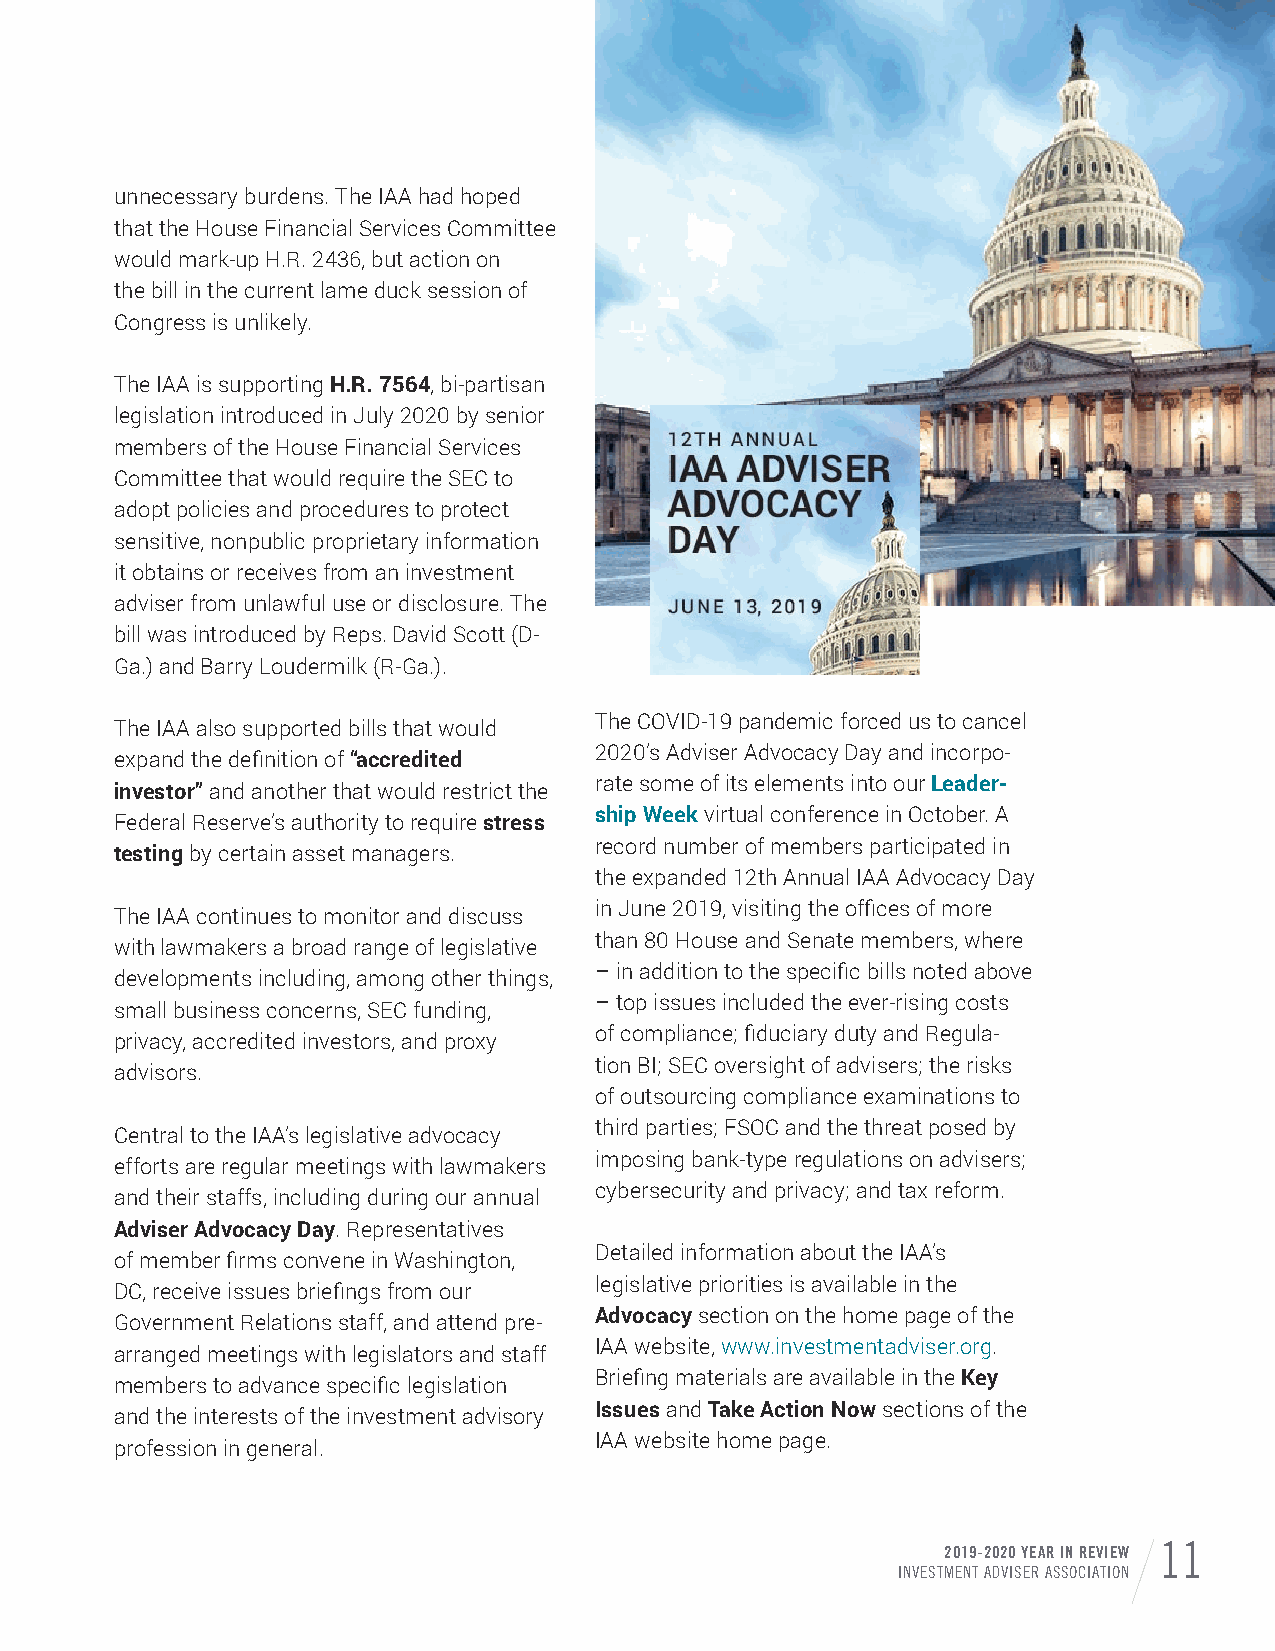
unnecessary burdens. The IAA had hoped
 that the House Financial Services Committee
 would mark-up H.R. 2436, but action on
 the bill in the current lame duck session of
 Congress is unlikely.
 The IAA is supporting H.R. 7564, bi-partisan
 legislation introduced in July 2020 by senior
 members of the House Financial Services
 Committee that would require the SEC to
 adopt policies and procedures to protect
 sensitive, nonpublic proprietary information
 it obtains or receives from an investment
 adviser from unlawful use or disclosure. The
 bill was introduced by Reps. David Scott (D-
 Ga.) and Barry Loudermilk (R-Ga.).
 The COVID-19 pandemic forced us to cancel
 The IAA also supported bills that would
 2020’s Adviser Advocacy Day and incorpo-
 expand the definition of “accredited
 rate some of its elements into our Leader-
 investor” and another that would restrict the
 ship Week virtual conference in October. A
 Federal Reserve’s authority to require stress
 record number of members participated in
 testing by certain asset managers.
 the expanded 12th Annual IAA Advocacy Day
 in June 2019, visiting the offices of more
 The IAA continues to monitor and discuss
 than 80 House and Senate members, where
 with lawmakers a broad range of legislative
 – in addition to the specific bills noted above
 developments including, among other things,
 – top issues included the ever-rising costs
 small business concerns, SEC funding,
 of compliance; fiduciary duty and Regula-
 privacy, accredited investors, and proxy
 tion BI; SEC oversight of advisers; the risks
 advisors.
 of outsourcing compliance examinations to
 third parties; FSOC and the threat posed by
 Central to the IAA’s legislative advocacy
 imposing bank-type regulations on advisers;
 efforts are regular meetings with lawmakers
 cybersecurity and privacy; and tax reform.
 and their staffs, including during our annual
 Adviser Advocacy Day. Representatives
 Detailed information about the IAA’s
 of member firms convene in Washington,
 legislative priorities is available in the
 DC, receive issues briefings from our
 Advocacy section on the home page of the
 Government Relations staff, and attend pre-
 IAA website, www.investmentadviser.org.
 arranged meetings with legislators and staff
 Briefing materials are available in the Key
 members to advance specific legislation
 Issues and Take Action Now sections of the
 and the interests of the investment advisory
 IAA website home page.
 profession in general.
 2019-2020 YEAR IN REVIEW 11
 INVESTMENT ADVISER ASSOCIATION